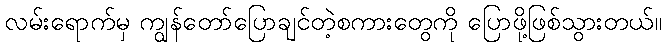
လမ်းရောက်မှ ကျွန်တော်ပြောချင်တဲ့စကားတွေကို ပြောဖို့ဖြစ်သွားတယ်။